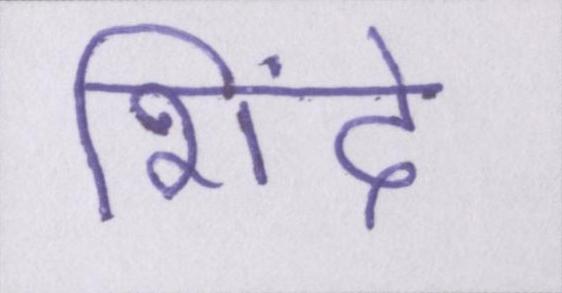
शिंदे